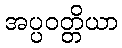
အပ္ပဝတ္တိယာ